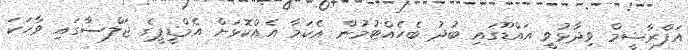
އަފްރާޝީމް ވިދާޅުވީ އައްޑޫގައި ބުދު ބެހެއްޓުމުން އެކަމާ އެއްކޮޅަށް އެމްޑީޕީގެ ޖަލްސާގައި ވާހަކަ